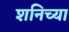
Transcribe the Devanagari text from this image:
शनिच्या